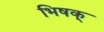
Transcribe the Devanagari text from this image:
भिषक्